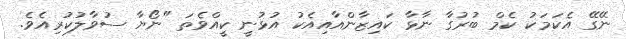
ނޭގޭ އެކަމަކު ކެމް ބުރުގާ ނާޅާ ކައިޒާންއާއިއެކު އުޅުނީ ކީއްވެތަ "ނޯޔާ ސުވާލުކުރިއެވެ.